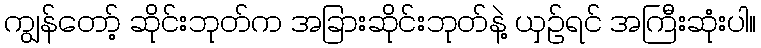
ကျွန်တော့် ဆိုင်းဘုတ်က အခြားဆိုင်းဘုတ်နဲ့ ယှဉ်ရင် အကြီးဆုံးပါ။